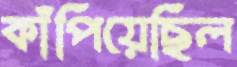
কাঁপিয়েছিল